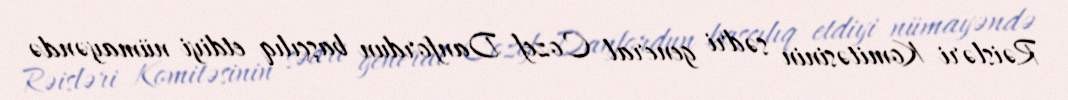
Rəisləri Komitəsinin sədri general Cozef Danfordun başçılıq etdiyi nümayəndə